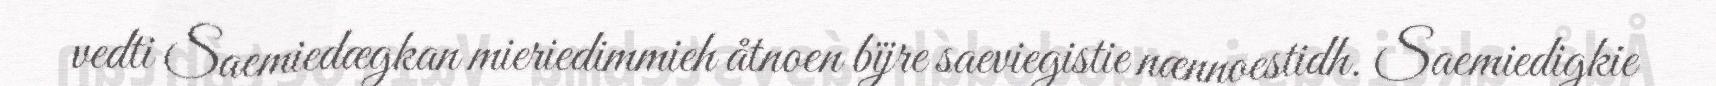
vedti Saemiedægkan mieriedimmieh åtnoen bïjre saeviegistie nænnoestidh. Saemiedigkie